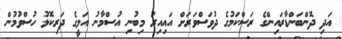
އަދި ދޮންބަންޑާރައިންގެ ރަސްކަމުގެ ދުވަސްވަރަށް އައިއިރު މިބުނި އުސްމާނު އަލީގެ ދަރިކޮޅު ހުސްވުމުން